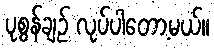
ပုစွန်ချဉ် လုပ်ပါတော့မယ်။